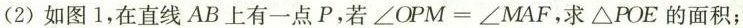
(2)如图1，在直线AB上有一点P，若$$∠ O P M = ∠ M A F$$，求△POE的面积；